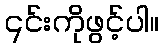
၎င်းကိုဖွင့်ပါ။